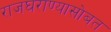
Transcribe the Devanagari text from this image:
राजघराण्यासोबत